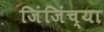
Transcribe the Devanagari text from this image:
जिंजिंच्या